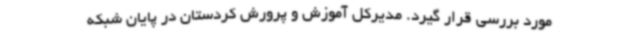
مورد بررسی قرار گیرد. مدیرکل آموزش و پرورش کردستان در پایان شبکه